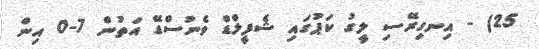
25) - އިނގިރޭސި ލީގު ކަޕުގައި ޝެފީލްޑް ވެނުސްޑޭ އަތުން 7-0 އިން